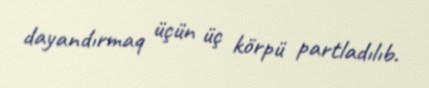
dayandırmaq üçün üç körpü partladılıb.